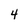
Character: 4